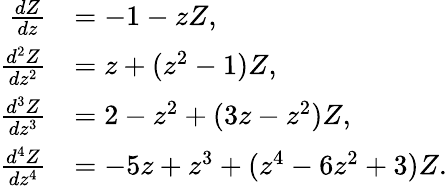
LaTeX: \begin{array}{rl}{\frac{dZ}{dz}}&{=-1-zZ,}\\ {\frac{d^{2}Z}{dz^{2}}}&{=z+(z^{2}-1)Z,}\\ {\frac{d^{3}Z}{dz^{3}}}&{=2-z^{2}+(3z-z^{2})Z,}\\ {\frac{d^{4}Z}{dz^{4}}}&{=-5z+z^{3}+(z^{4}-6z^{2}+3)Z.}\end{array}